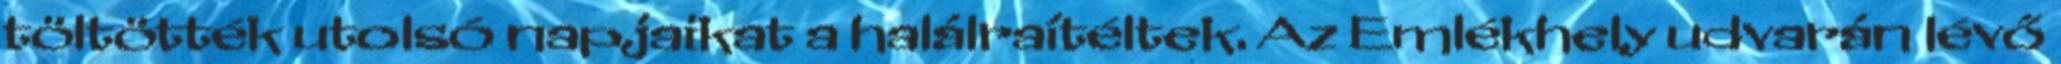
töltötték utolsó napjaikat a halálraítéltek. Az Emlékhely udvarán lévő